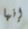
إنها